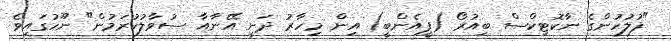
"ފުލުހުންގެ ނާކޮޓިކްސް ބިއުރޯ (ޕީއެންބީ) އިން މިހާރު ދަނީ އޭނާއާ ސުވާލުކުރަމުން" ނޫހުގައިވެ